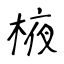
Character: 棭